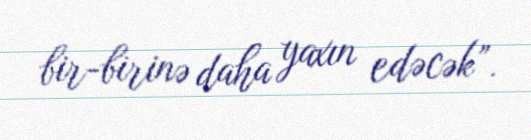
bir-birinə daha yaxın edəcək”.